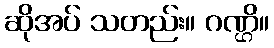
ဆိုအပ် သတည်း။ ဂဏ္ဌိ။